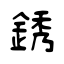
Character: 銹